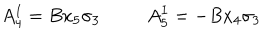
LaTeX: A _ { 4 } ^ { I } = B x _ { 5 } \sigma _ { 3 } ~ A _ { 5 } ^ { I } = - B x _ { 4 } \sigma _ { 3 }